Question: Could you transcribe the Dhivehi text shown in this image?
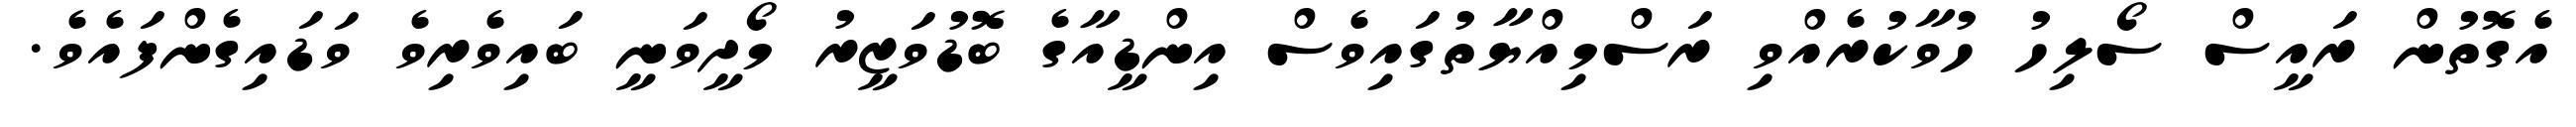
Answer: އެގޮތުން ރައީސް ސޯލިހު ހުވާކުރެއްވި ރަސްމިއްޔާތުގައިވެސް އިންޑީއާގެ ބޮޑުވަޒީރު މޯދީވަނީ ބައިވެރިވެ ވަޑައިގެންފައެވެ.